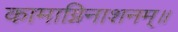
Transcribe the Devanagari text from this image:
कामाग्निनाशनम्॥